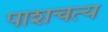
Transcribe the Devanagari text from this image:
पाशचत्य